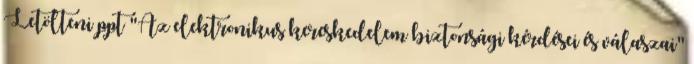
Letölteni ppt "Az elektronikus kereskedelem biztonsági kérdései és válaszai"